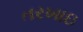
તરખાઇ